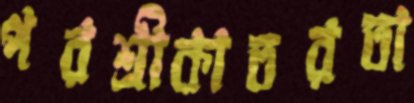
পরশ্রীকাতরতা